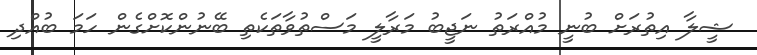
ޝީލާ އިތުރަށް ބުނީ މުއްރަތު ނަޖީބު މަރާލީ މަސްތުވާތަކެތި ބޭނުންކޮށްގެން ހަމަ ބުއްދި